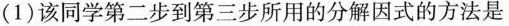
(1)该同学第二步到第三步所用的分解因式的方法是()